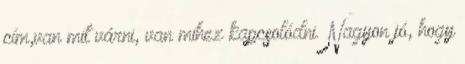
cím,van mit várni, van mihez kapcsolódni. Nagyon jó, hogy